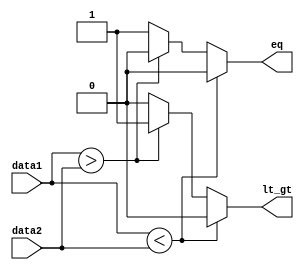
module comparator(data1, data2, lt_gt, eq);
	parameter DATA_BIT_WIDTH = 32;

	input [DATA_BIT_WIDTH-1:0] data1, data2;
	output reg lt_gt;
	output reg eq;
	
	always @(*)
	begin
		if(data1 < data2)
		begin
			lt_gt 	<= 1'b0;
			eq 		<= 1'b0;
		end
		else if (data1 > data2)
		begin
			lt_gt 	<= 1'b1;
			eq			<= 1'b0;
		end
		else
		begin
			lt_gt		<= 1'b0;
			eq 		<= 1'b1;
		end
	end
endmodule